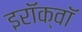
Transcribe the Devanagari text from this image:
इरॉक्वॉ